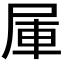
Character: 𰍹